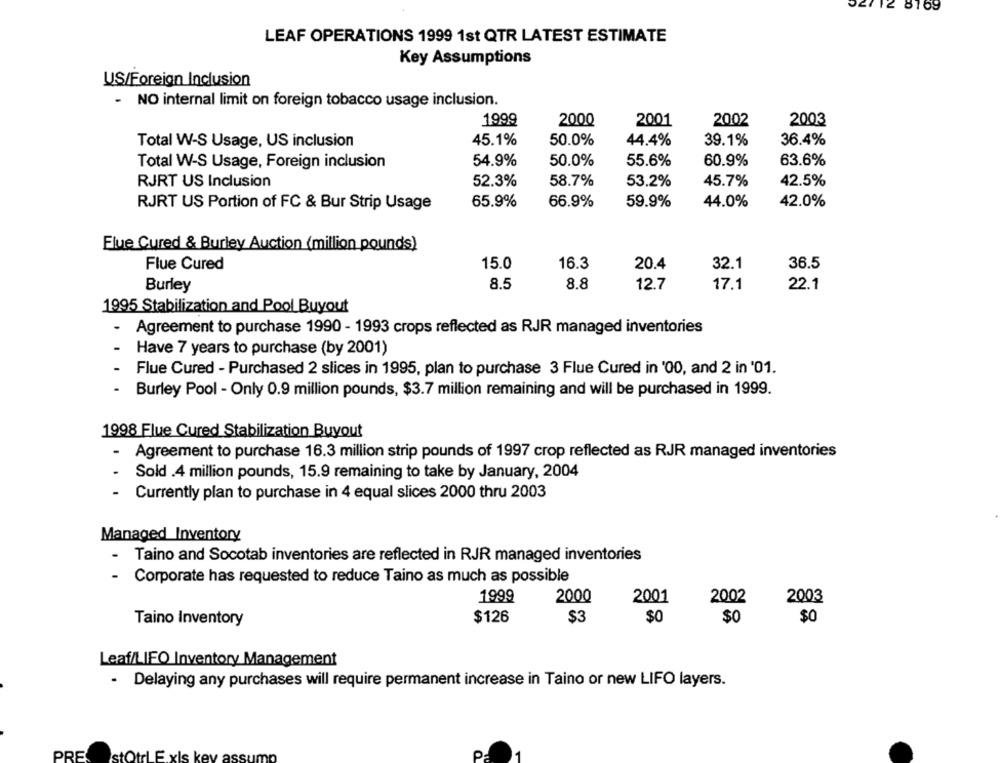
112 8169
LEAF OPERATIONS 1999 1st QTR LATEST ESTIMATE
Key Assumptions
US/Foreign Inclusion
- NO internal limit on foreign tobacco usage inclusion.
1999
2000
2002
2003
2001
Total W-S Usage, US inclusion
45.1%
50.0%
44.4%
39.1%
36.4%
50.0%
Total W-S Usage, Foreign inclusion
54.9%
55.6%
60.9%
63.6%
RJRT US Inclusion
52.3%
58.7%
53.2%
45.7%
42.5%
RJRT US Portion of FC & Bur Strip Usage
65.9%
66.9%
59.9%
44.0%
42.0%
Flue Cured & Burley Auction (million pounds)
Flue Cured
15.0
16.3
20.4
32.1
36.5
Burley
8.5
8.8
12.7
17.1
22.1
1995 Stabilization and Pool Buyout
Agreement to purchase 1990 - 1993 crops reflected as RJR managed inventories
Have 7 years to purchase (by 2001)
Flue Cured - Purchased 2 slices in 1995, plan to purchase 3 Flue Cured in '00, and 2 in '01.
- Burley Pool - Only 0.9 million pounds, $3.7 million remaining and will be purchased in 1999.
1998 Flue Cured Stabilization Buyout
- Agreement to purchase 16.3 million strip pounds of 1997 crop reflected as RJR managed inventories
Sold .4 million pounds, 15.9 remaining to take by January, 2004
Currently plan to purchase in 4 equal slices 2000 thru 2003
Managed Inventory
- Taino and Socotab inventories are reflected in RJR managed inventories
-
Corporate has requested to reduce Taino as much as possible
1999
2000
2001
2002
2003
$3
$0
$0
Taino Inventory
$126
Leaf/LIFO Inventory Management
.
Delaying any purchases will require permanent increase in Taino or new LIFO layers.
PRE
stor